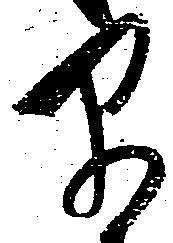
早